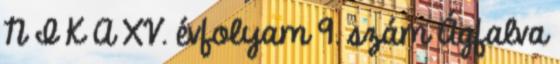
N I K A XV. évfolyam 9. szám Ágfalva